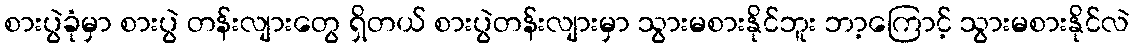
စားပွဲခုံမှာ စားပွဲ တန်းလျားတွေ ရှိတယ် စားပွဲတန်းလျားမှာ သွားမစားနိုင်ဘူး ဘာ့ကြောင့် သွားမစားနိုင်လဲ